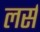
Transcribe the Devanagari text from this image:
लर्स